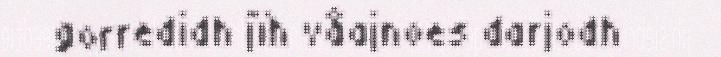
gorredidh jïh våajnoes darjodh